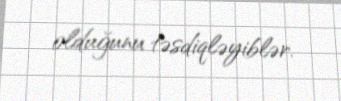
olduğunu təsdiqləyiblər.